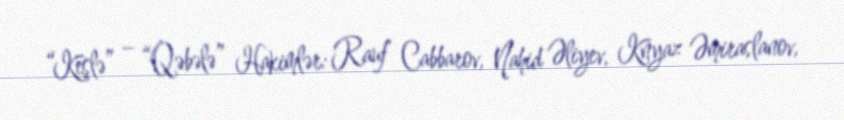
“Keşlə” – “Qəbələ” Hakimlər: Rauf Cabbarov, Nahid Əliyev, Knyaz Əmiraslanov,